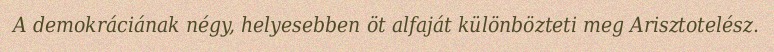
A demokráciának négy, helyesebben öt alfaját különbözteti meg Arisztotelész.